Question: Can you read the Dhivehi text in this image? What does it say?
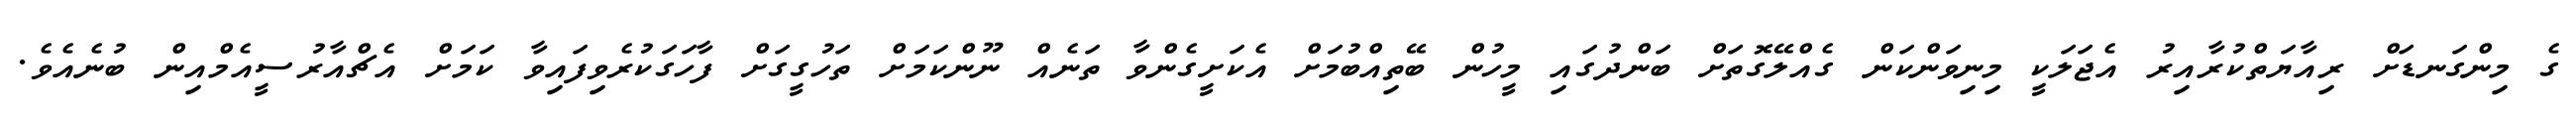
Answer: ގެ މިންގަނޑަށް ރިއާޔަތްކުރާއިރު އެޖަލަކީ މިނިވަންކަން ގެއްލޭގޮތަށް ބަންދުގައި މީހުން ބޭތިއްބުމަށް އެކަށީގެންވާ ތަނެއް ނޫންކަމަށް ތަހުގީގަށް ފާހަގަކުރެވިފައިވާ ކަމަށް އެޗްއާރުސީއެމްއިން ބުނެއެވެ.